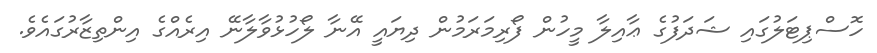
ހޮސްޕިޓަލުގައި ޝަދަފުގެ ޢާއިލާ މީހުން ފޯރިމަރަމުން ދިޔައީ އޭނާ ލޯހުޅުވާލާނޭ އިރެއްގެ އިންތިޒާރުގައެވެ.